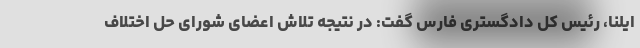
ایلنا، رئیس کل دادگستری فارس گفت: در نتیجه تلاش اعضا‌ی شورای حل اختلاف